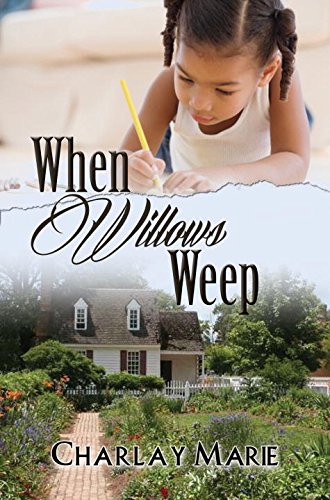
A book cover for When Willows Weep (Urban Books); Charlay Marie; Literature & Fiction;